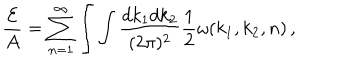
LaTeX: { \frac { \cal E } { A } } = \sum _ { n = 1 } ^ { \infty } \int \int { \frac { d k _ { 1 } d k _ { 2 } } { ( 2 \pi ) ^ { 2 } } } { \frac { 1 } { 2 } } \omega ( k _ { 1 } , k _ { 2 } , n ) \, ,